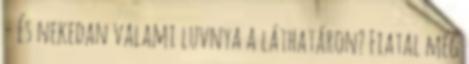
- És nekedan valami luvnya a láthatáron? Fiatal még